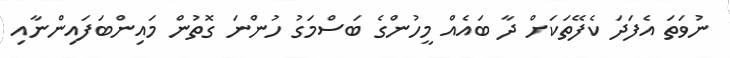
ނުވަތަ އެފަދަ ކެފޭތަކަށް ދާ ބައެއް މީހުންގެ ބަސްމަގު ހުންނަ ގޮތުން މައިންބަފައިންނާއި